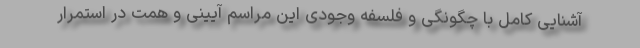
آشنایی کامل با چگونگی و فلسفه وجودی این مراسم آیینی و همت در استمرار